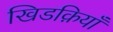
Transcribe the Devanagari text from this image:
खिडक़ियाँ